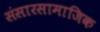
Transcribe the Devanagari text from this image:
संसारसामाजिक